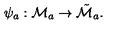
\psi _ { a } : { \cal M } _ { a } \to \tilde { { \cal M } } _ { a } .